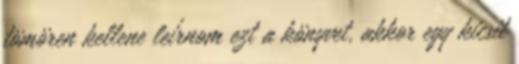
tömören kellene leírnom ezt a könyvet, akkor egy kicsit